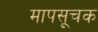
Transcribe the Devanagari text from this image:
मापसूचक